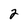
Character: 2